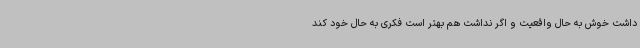
داشت خوش به حال واقعیت و اگر نداشت هم بهتر است فکری به حال خود کند